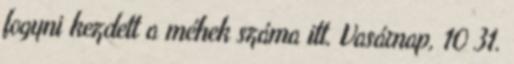
fogyni kezdett a méhek száma itt. Vasárnap, 10 31.